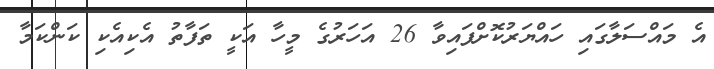
އެ މައްސަލާގައި ހައްޔަރުކޮށްފައިވާ 26 އަހަރުގެ މީހާ އަކީ ތަފާތު އެކިއެކި ކަންކަމާ